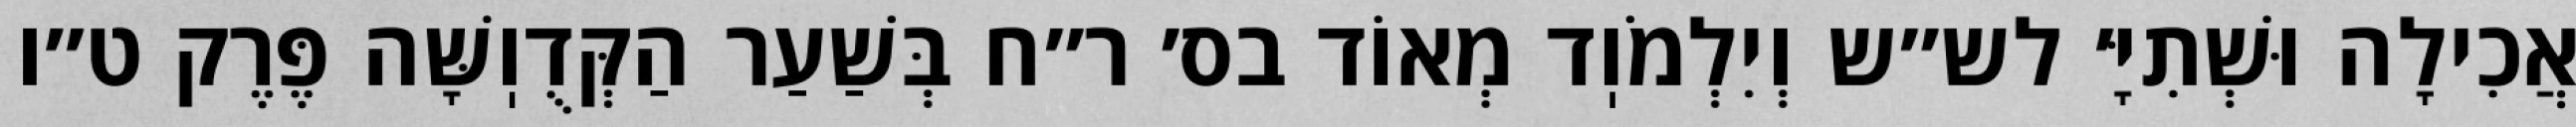
אֲכִילָה וּשְׁתִיָּ׳ לש״ש וְיִלְמֹוֽד מְאוֹד בס׳ ר״ח בְּשַׁעַר הַקְּדֻוֽשָּׁה פֶּרֶק ט״ו